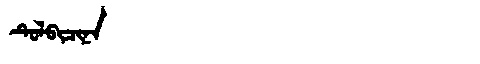
Manchu: ᡨᡠᠯᠪᡳᠴᡳᠨᠠ
Romanization: TULBICINA